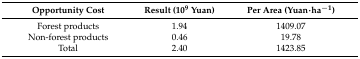
<table><thead><tr><td><b>Opportunity Cost</b></td><td><b>Result (10<sup>9</sup> Yuan)</b></td><td><b>Per Area (Yuan·ha<sup>−1</sup>)</b></td></tr></thead><tbody><tr><td>Forest products</td><td>1.94</td><td>1409.07</td></tr><tr><td>Non-forest products</td><td>0.46</td><td>19.78</td></tr><tr><td>Total</td><td>2.40</td><td>1423.85</td></tr></tbody></table>